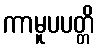
ကာမူပပတ္တိ